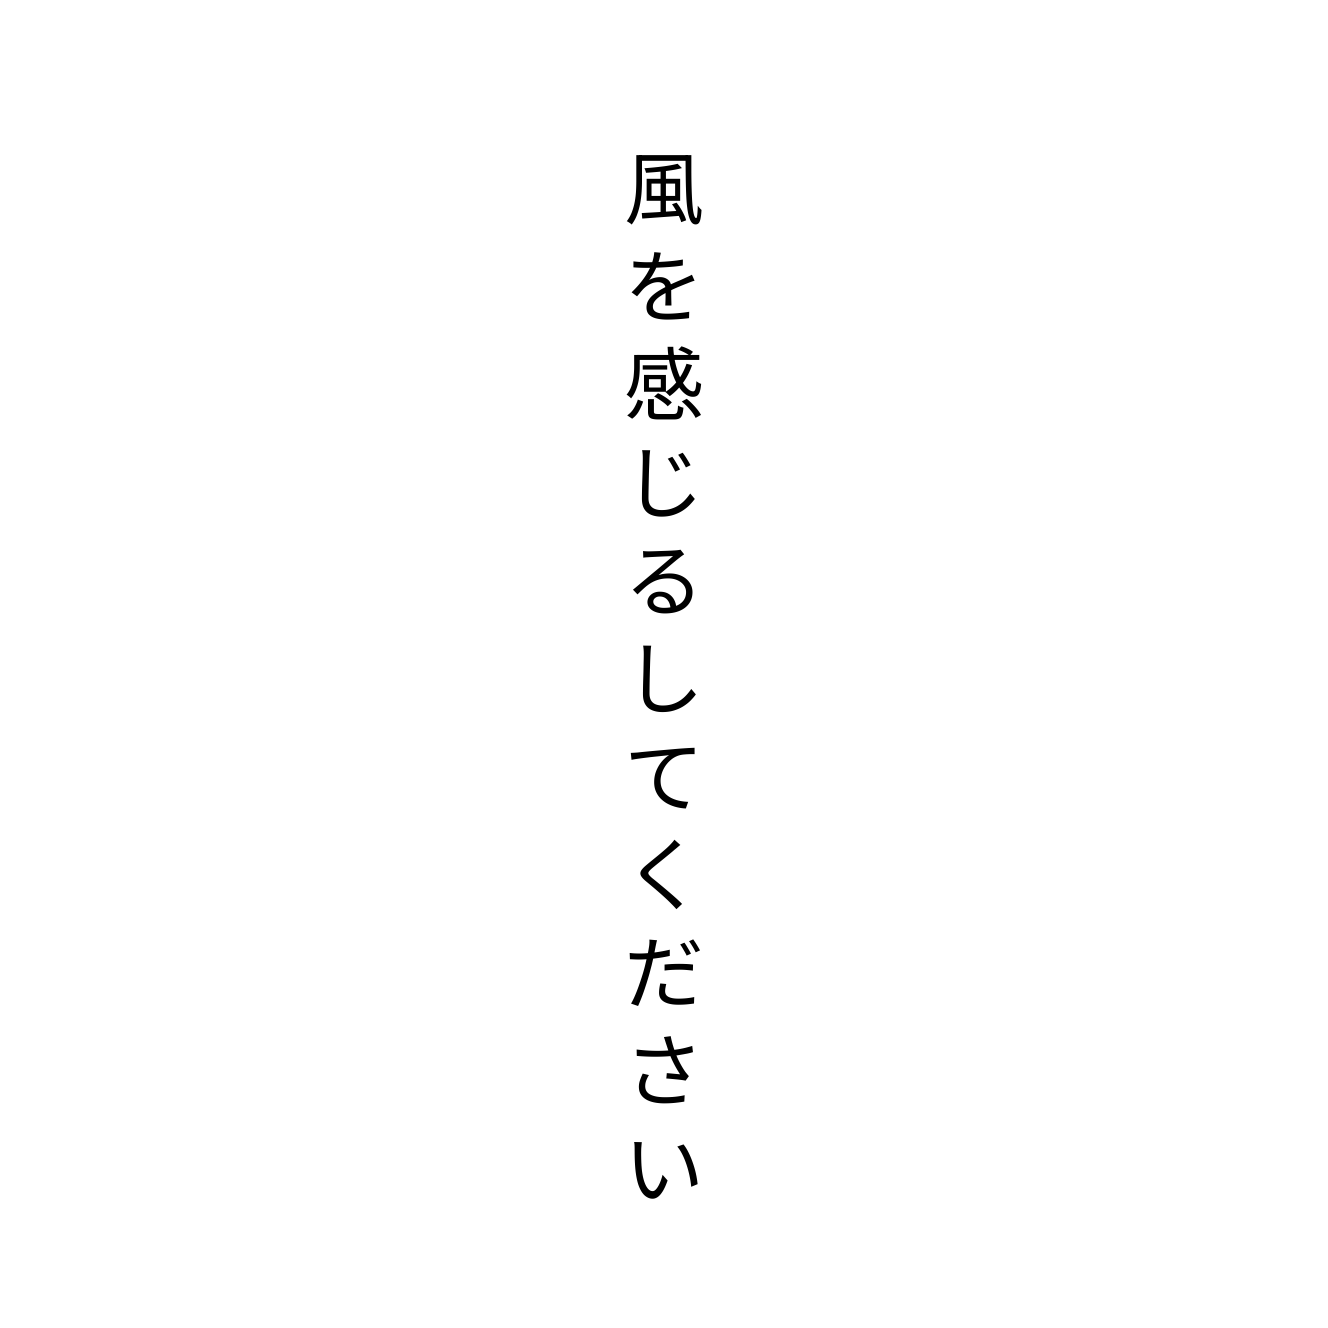
風を感じるしてください